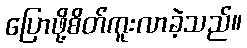
ပြောဖို့စိတ်ကူးလာခဲ့သည်။